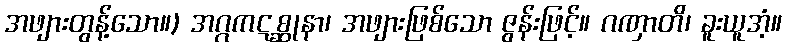
အဖျားတွန့်သော။) အဂ္ဂကဋစ္ဆုနာ၊ အဖျားဖြစ်သော ဇွန်းဖြင့်။ ဂဏှာတိ၊ ခူးယူအံ့။